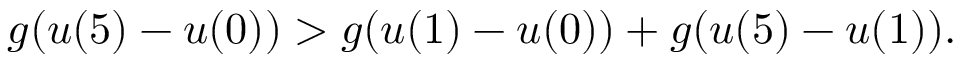
g ( u ( 5 ) - u ( 0 ) ) > g ( u ( 1 ) - u ( 0 ) ) + g ( u ( 5 ) - u ( 1 ) ) .